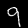
Digit: 9